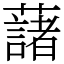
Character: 藷